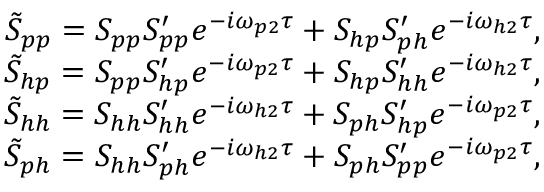
\begin{array} { r l r } & { } & { \tilde { S } _ { p p } = S _ { p p } S _ { p p } ^ { \prime } e ^ { - i \omega _ { p 2 } \tau } + S _ { h p } S _ { p h } ^ { \prime } e ^ { - i \omega _ { h 2 } \tau } , } \\ & { } & { \tilde { S } _ { h p } = S _ { p p } S _ { h p } ^ { \prime } e ^ { - i \omega _ { p 2 } \tau } + S _ { h p } S _ { h h } ^ { \prime } e ^ { - i \omega _ { h 2 } \tau } , } \\ & { } & { \tilde { S } _ { h h } = S _ { h h } S _ { h h } ^ { \prime } e ^ { - i \omega _ { h 2 } \tau } + S _ { p h } S _ { h p } ^ { \prime } e ^ { - i \omega _ { p 2 } \tau } , } \\ & { } & { \tilde { S } _ { p h } = S _ { h h } S _ { p h } ^ { \prime } e ^ { - i \omega _ { h 2 } \tau } + S _ { p h } S _ { p p } ^ { \prime } e ^ { - i \omega _ { p 2 } \tau } , } \end{array}